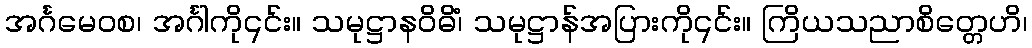
အင်္ဂမေဝစ၊ အင်္ဂါကို၎င်း။ သမုဋ္ဌာနဝိဓိံ၊ သမုဋ္ဌာန်အပြားကို၎င်း။ ကြိယသညာစိတ္တေဟိ၊